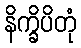
နိက္ခိပိတုံ